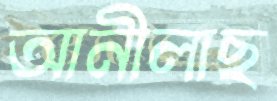
আনীলাছ